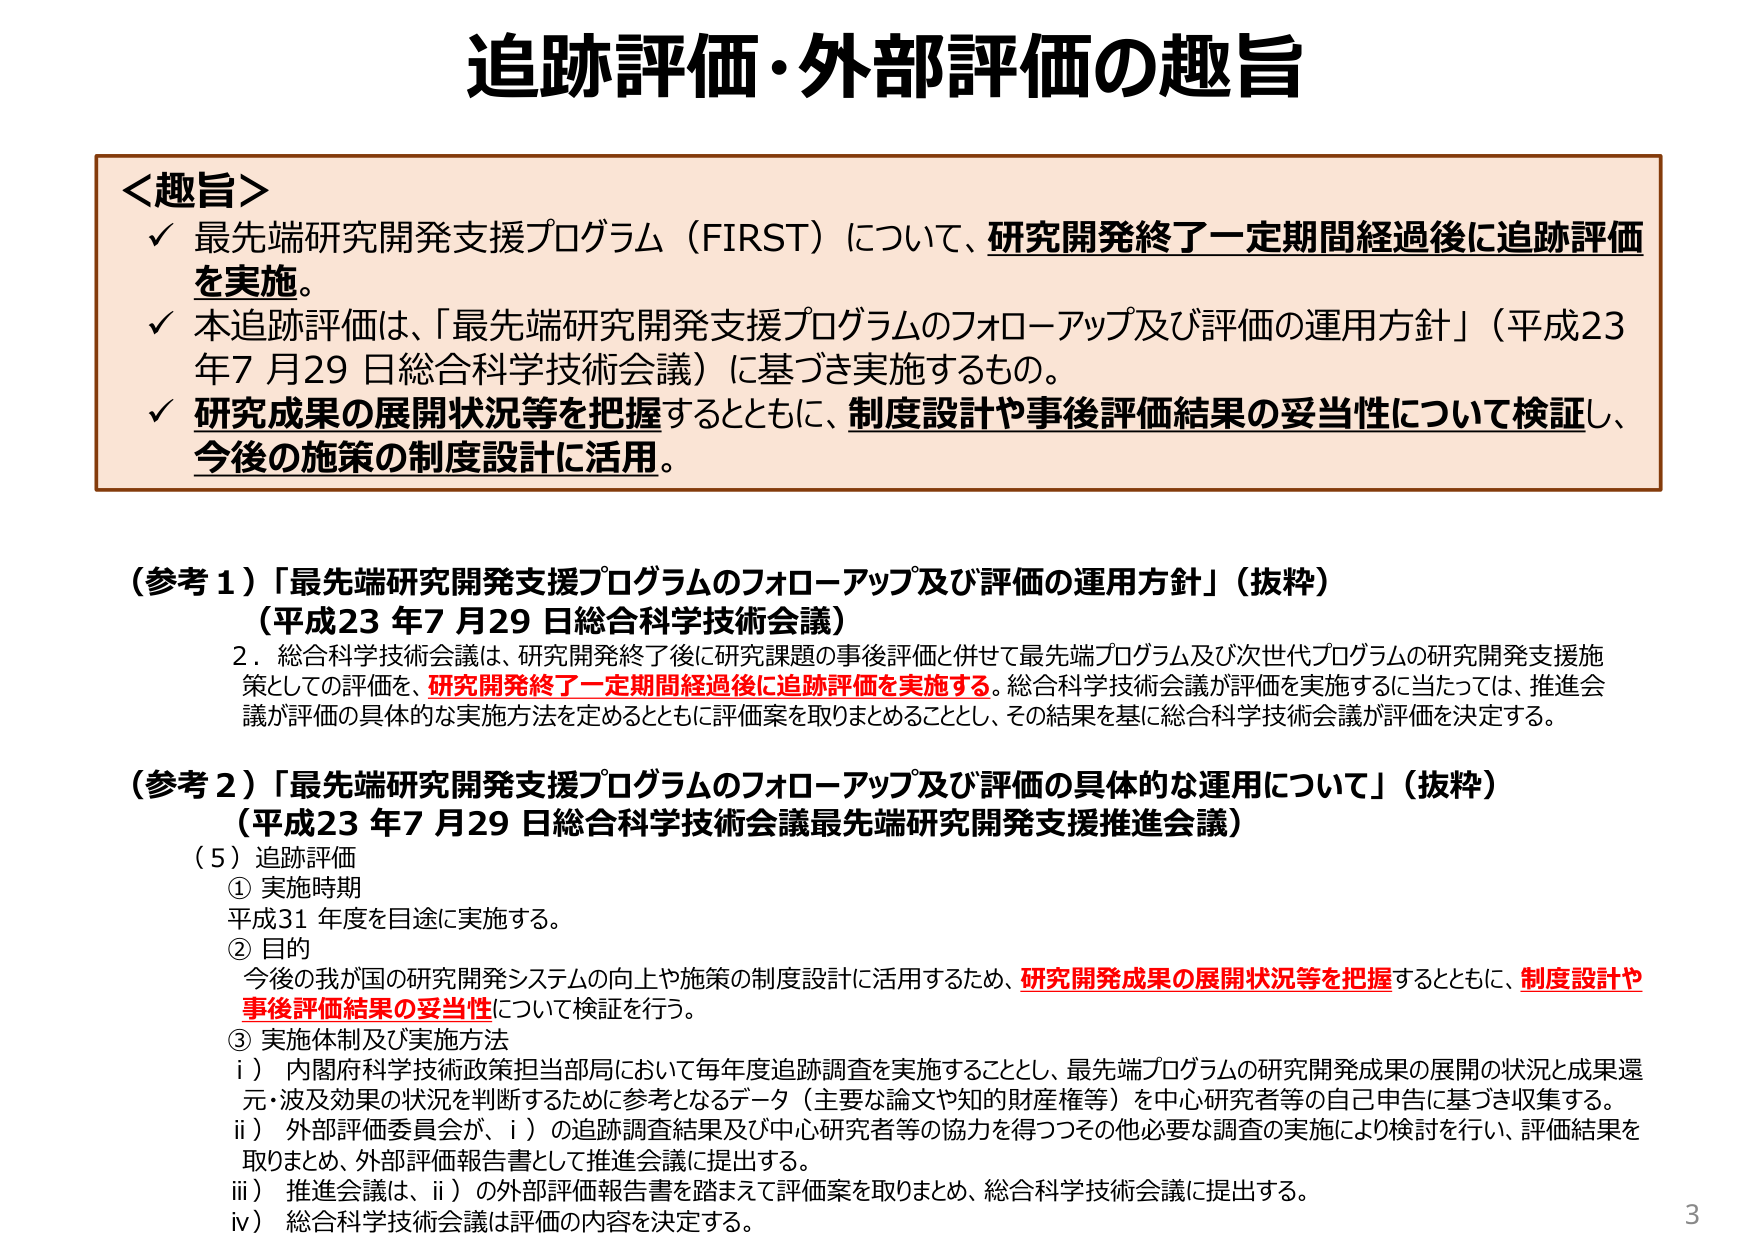
追跡評価・外部評価の趣旨

＜趣旨＞
✓ 最先端研究開発支援プログラム（FIRST）について、研究開発終了一定期間経過後に追跡評価を実施。
✓ 本追跡評価は、「最先端研究開発支援プログラムのフォローアップ及び評価の運用方針」（平成23年7月29日総合科学技術会議）に基づき実施するもの。
✓ 研究成果の展開状況等を把握するとともに、制度設計や事後評価結果の妥当性について検証し、今後の施策の制度設計に活用。

（参考1）「最先端研究開発支援プログラムのフォローアップ及び評価の運用方針」（抜粋）
（平成23年7月29日総合科学技術会議）
2．総合科学技術会議は、研究開発終了後に研究課題の事後評価と併せて最先端プログラム及び次世代プログラムの研究開発支援施策としての評価を、研究開発終了一定期間経過後に追跡評価を実施する。総合科学技術会議が評価を実施するに当たっては、推進会議が評価の具体的な実施方法を定めるとともに評価案を取りまとめる thing とし、その結果を基に総合科学技術会議が評価を決定する。

（参考2）「最先端研究開発支援プログラムのフォローアップ及び評価の具体的な運用について」（抜粋）
（平成23年7月29日総合科学技術会議最先端研究開発支援推進会議）
（5）追跡評価
① 実施時期
平成31年度を目途に実施する。
② 目的
今後の我が国の研究開発システムの向上や施策の制度設計に活用するため、研究開発成果の展開状況等を把握するとともに、制度設計や事後評価結果の妥当性について検証を行う。
③ 実施体制及び実施方法
i）内閣府科学技術政策担当局において毎年度追跡調査を実施することとし、最先端プログラムの研究開発成果の展開の状況と成果還元・波及効果の状況を判断するために参考となるデータ（主要な論文や知的財産権等）を中心研究者等の自己申告に基づき収集する。
ii）外部評価委員会が、i）の追跡調査結果及び中心研究者等の協力を得つつその他必要な調査の実施により検討を行い、評価結果を取りまとめ、外部評価報告書として推進会議に提出する。
iii）推進会議は、ii）の外部評価報告書を踏まえて評価案を取りまとめ、総合科学技術会議に提出する。
iv）総合科学技術会議は評価の内容を決定する。

3